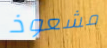
مشعوذ